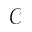
\mathcal { C }